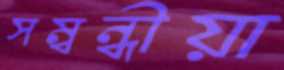
সম্বন্ধীয়া